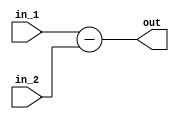
module subtract_512(in_1,in_2,out);
input[40:0]in_1;
input[40:0]in_2;
output[40:0]out;

assign out[40:0]=in_1[40:0]-in_2[40:0];

endmodule